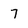
Character: 7